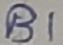
Text: B1